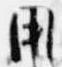
用